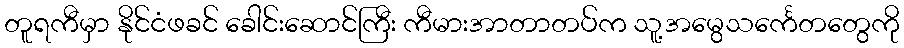
တူရကီမှာ နိုင်ငံဖခင် ခေါင်းဆောင်ကြီး ကီမားအာတာတပ်က သူ့အမွေသင်္ကေတတွေကို